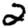
Digit: 2